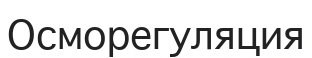
Осморегуляция